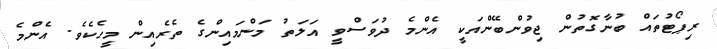
ރިޕޯޓުތައް ބުނާގޮތުން ޖިވުންބޭންއަކީ އެންމެ ދުވަސްވީ އަލަތު މަންމައިންގެ ތެރެއިން މީހެކެވެ. އެންމެ